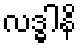
လဒ္ဓါနိ